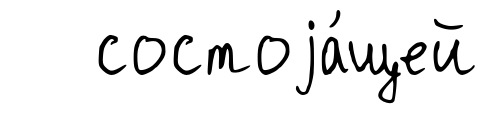
состоjа́щей